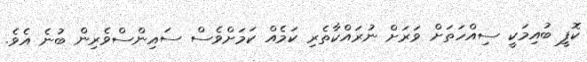
ކޮފީ ބުއިމަކީ ސިއްހަތަށް ވަރަށް ނުރައްކާތެރި ކަމެއް ކަމަށްވެސް ސައިންސްވެރިން ބުނެ އެވެ.